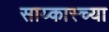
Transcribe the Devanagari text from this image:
साय्कास्च्या